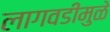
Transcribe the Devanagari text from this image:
लागवडीमुळे